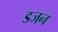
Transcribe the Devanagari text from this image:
डजन